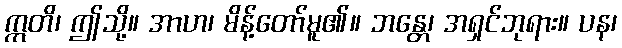
ဣတိ၊ ဤသို့။ အာဟ၊ မိန့်တော်မူ၏။ ဘန္တေ၊ အရှင်ဘုရား။ ပန၊